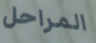
المراحل